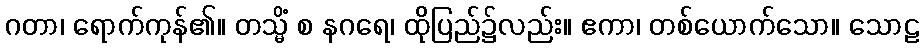
ဂတာ၊ ရောက်ကုန်၏။ တသ္မိံ စ နဂရေ၊ ထိုပြည်၌လည်း။ ဧကာ၊ တစ်ယောက်သော။ သောဠ